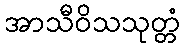
အာသီဝိသသုတ္တံ